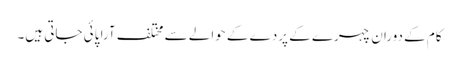
کام کے دوران چہرے کے پردے کے حوالے سے مختلف آرا پائی جاتی ہیں۔